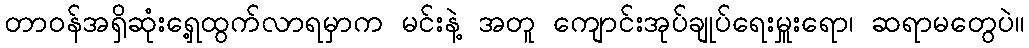
တာဝန်အရှိဆုံးရှေ့ထွက်လာရမှာက မင်းနဲ့ အတူ ကျောင်းအုပ်ချုပ်ရေးမှူးရော၊ ဆရာမတွေပဲ။